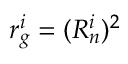
r _ { g } ^ { i } = ( R _ { n } ^ { i } ) ^ { 2 }